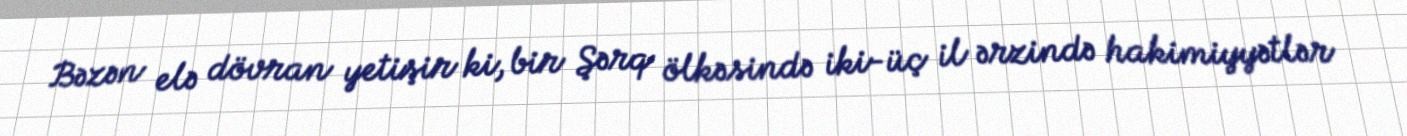
Bəzən elə dövran yetişir ki, bir Şərq ölkəsində iki-üç il ərzində hakimiyyətlər